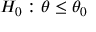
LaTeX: H _ { 0 } : \theta \leq \theta _ { 0 }